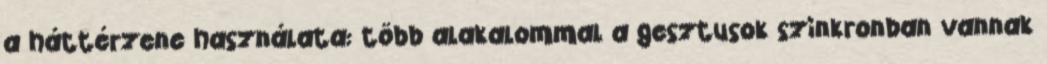
a háttérzene használata: több alakalommal a gesztusok szinkronban vannak